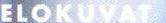
ELOKUVAT